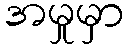
အမှုမှာ